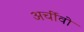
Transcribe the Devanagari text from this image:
अर्चीवो